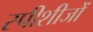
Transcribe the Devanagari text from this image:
स्पीशीजों